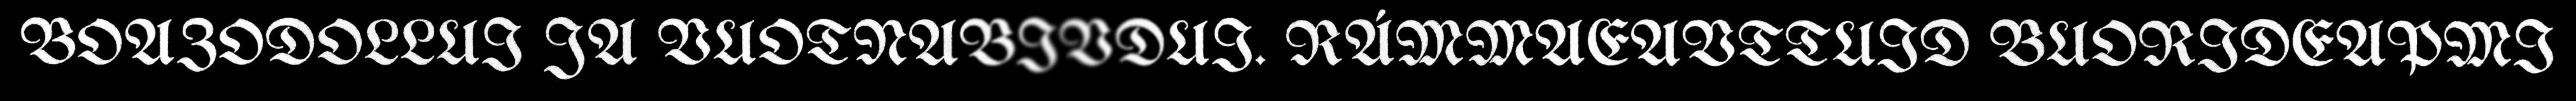
BOAZODOLLUI JA VUOTNABIVDUI. RÁMMAEAVTTUID BUORIDEAPMI